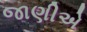
જાણીએ